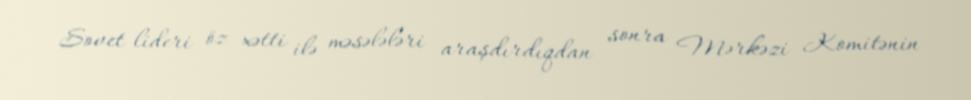
Sovet lideri öz xətti ilə məsələləri araşdırdıqdan sonra Mərkəzi Komitənin